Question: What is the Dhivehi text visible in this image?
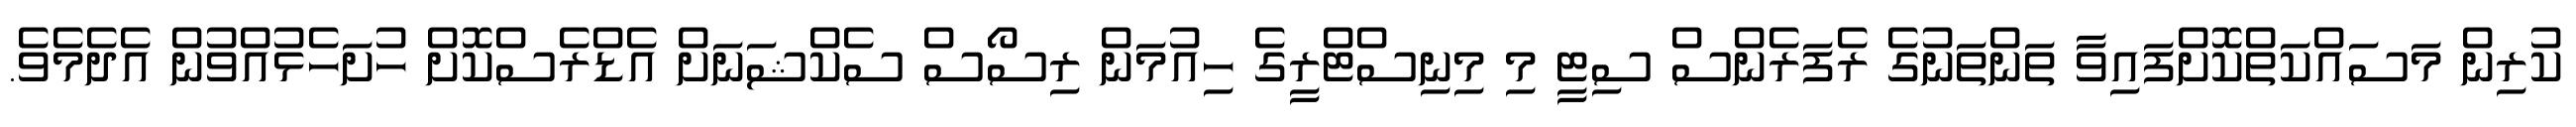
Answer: ކުރިން މަސައްކަތްކޮށްފައިވާ ތަންތަނުގެ ރެފަރެންސް ސިޓީ މި މިނިސްޓްރީގެ ހިއުމަން ރިސޯސް ސެކްޝަނަށް އެޑްރެސްކޮށް ހުށަހެޅުއްވުން އެދެމެވެ.